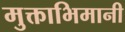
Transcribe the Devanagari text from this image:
मुक्ताभिमानी